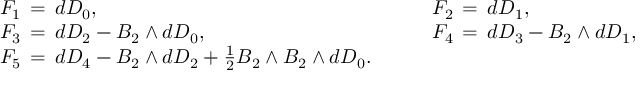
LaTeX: \begin{array} { l c l } { { F _ { 1 } \, = \, d D _ { 0 } , } } & { { \quad } } & { { F _ { 2 } \, = \, d D _ { 1 } , } } \\ { { F _ { 3 } \, = \, d D _ { 2 } - B _ { 2 } \wedge d D _ { 0 } , } } & { { } } & { { F _ { 4 } \, = \, d D _ { 3 } - B _ { 2 } \wedge d D _ { 1 } , } } \\ { { F _ { 5 } \, = \, d D _ { 4 } - B _ { 2 } \wedge d D _ { 2 } + { \frac { 1 } { 2 } } B _ { 2 } \wedge B _ { 2 } \wedge d D _ { 0 } . } } & { { } } & { { ~ } } \end{array}